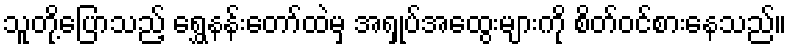
သူတို့ပြောသည့် ရွှေနန်းတော်ထဲမှ အရှုပ်အထွေးများကို စိတ်ဝင်စားနေသည်။